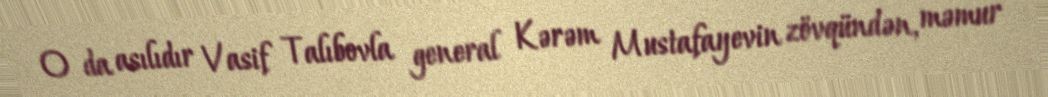
O da asılıdır Vasif Talıbovla general Kərəm Mustafayevin zövqündən, məmur